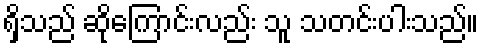
ရှိသည် ဆိုကြောင်းလည်း သူ သတင်းပါးသည်။